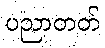
ပညာတတ်